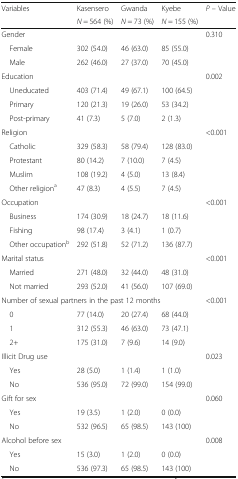
<table><thead><tr><td rowspan="2"><b>Variables</b></td><td><b>Kasensero</b></td><td><b>Gwanda</b></td><td><b>Kyebe</b></td><td rowspan="2"><b><i>P</i> – Value</b></td></tr><tr><td><b><i>N</i> = 564 (%)</b></td><td><b><i>N</i> = 73 (%)</b></td><td><b><i>N</i> = 155 (%)</b></td></tr></thead><tbody><tr><td colspan="4">Gender</td><td>0.310</td></tr><tr><td> Female</td><td>302 (54.0)</td><td>46 (63.0)</td><td>85 (55.0)</td><td></td></tr><tr><td> Male</td><td>262 (46.0)</td><td>27 (37.0)</td><td>70 (45.0)</td><td></td></tr><tr><td colspan="4">Education</td><td>0.002</td></tr><tr><td> Uneducated</td><td>403 (71.4)</td><td>49 (67.1)</td><td>100 (64.5)</td><td></td></tr><tr><td> Primary</td><td>120 (21.3)</td><td>19 (26.0)</td><td>53 (34.2)</td><td></td></tr><tr><td> Post-primary</td><td>41 (7.3)</td><td>5 (7.0)</td><td>2 (1.3)</td><td></td></tr><tr><td colspan="4">Religion</td><td>&lt;0.001</td></tr><tr><td> Catholic</td><td>329 (58.3)</td><td>58 (79.4)</td><td>128 (83.0)</td><td></td></tr><tr><td> Protestant</td><td>80 (14.2)</td><td>7 (10.0)</td><td>7 (4.5)</td><td></td></tr><tr><td> Muslim</td><td>108 (19.2)</td><td>4 (5.0)</td><td>13 (8.4)</td><td></td></tr><tr><td> Other religion<sup>a</sup></td><td>47 (8.3)</td><td>4 (5.5)</td><td>7 (4.5)</td><td></td></tr><tr><td colspan="4">Occupation</td><td>&lt;0.001</td></tr><tr><td> Business</td><td>174 (30.9)</td><td>18 (24.7)</td><td>18 (11.6)</td><td></td></tr><tr><td> Fishing</td><td>98 (17.4)</td><td>3 (4.1)</td><td>1 (0.7)</td><td></td></tr><tr><td> Other occupation<sup>b</sup></td><td>292 (51.8)</td><td>52 (71.2)</td><td>136 (87.7)</td><td></td></tr><tr><td colspan="4">Marital status</td><td>&lt;0.001</td></tr><tr><td> Married</td><td>271 (48.0)</td><td>32 (44.0)</td><td>48 (31.0)</td><td></td></tr><tr><td> Not married</td><td>293 (52.0)</td><td>41 (56.0)</td><td>107 (69.0)</td><td></td></tr><tr><td colspan="4">Number of sexual partners in the past 12 months</td><td>&lt;0.001</td></tr><tr><td> 0</td><td>77 (14.0)</td><td>20 (27.4)</td><td>68 (44.0)</td><td></td></tr><tr><td> 1</td><td>312 (55.3)</td><td>46 (63.0)</td><td>73 (47.1)</td><td></td></tr><tr><td> 2+</td><td>175 (31.0)</td><td>7 (9.6)</td><td>14 (9.0)</td><td></td></tr><tr><td colspan="4">Illicit Drug use</td><td>0.023</td></tr><tr><td> Yes</td><td>28 (5.0)</td><td>1 (1.4)</td><td>1 (1.0)</td><td></td></tr><tr><td> No</td><td>536 (95.0)</td><td>72 (99.0)</td><td>154 (99.0)</td><td></td></tr><tr><td colspan="4">Gift for sex</td><td>0.060</td></tr><tr><td> Yes</td><td>19 (3.5)</td><td>1 (2.0)</td><td>0 (0.0)</td><td></td></tr><tr><td> No</td><td>532 (96.5)</td><td>65 (98.5)</td><td>143 (100)</td><td></td></tr><tr><td colspan="4">Alcohol before sex</td><td>0.008</td></tr><tr><td> Yes</td><td>15 (3.0)</td><td>1 (2.0)</td><td>0 (0.0)</td><td></td></tr><tr><td> No</td><td>536 (97.3)</td><td>65 (98.5)</td><td>143 (100)</td><td></td></tr></tbody></table>